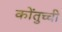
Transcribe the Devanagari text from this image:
कोंतुच्ची